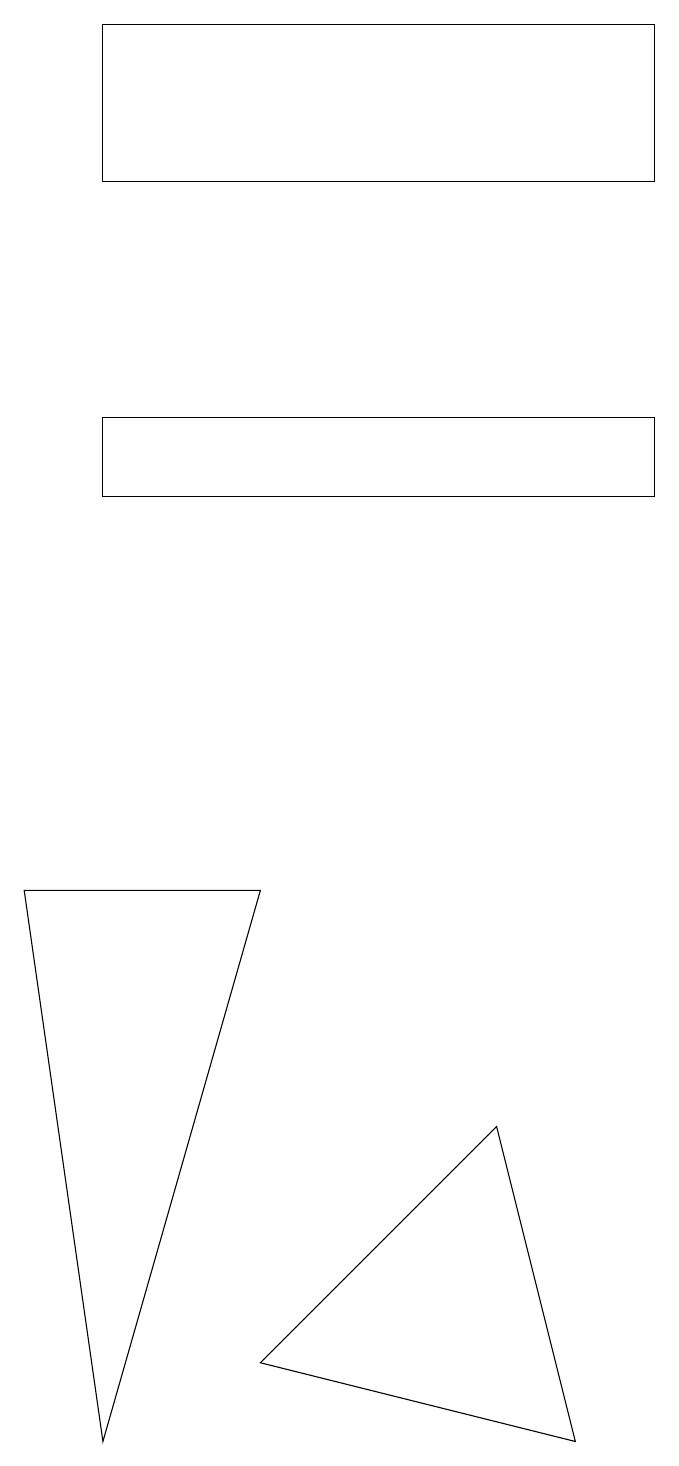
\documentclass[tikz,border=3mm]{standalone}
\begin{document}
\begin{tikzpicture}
\draw (2,12) rectangle (9,13);
\draw (9,18) rectangle (2,16);
\draw (7,4) -- (4,1) -- (8,0) -- cycle;
\draw (1,7) -- (4,7) -- (2,0) -- cycle;
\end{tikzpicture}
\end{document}